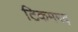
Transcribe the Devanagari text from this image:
टिकमगढ़